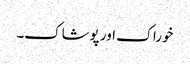
خوراک اور پوشاک۔